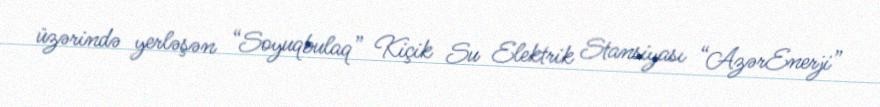
üzərində yerləşən “Soyuqbulaq” Kiçik Su Elektrik Stansiyası “AzərEnerji”